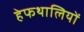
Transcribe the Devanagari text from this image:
हेफथालियों